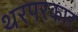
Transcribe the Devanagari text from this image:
थरपरकार